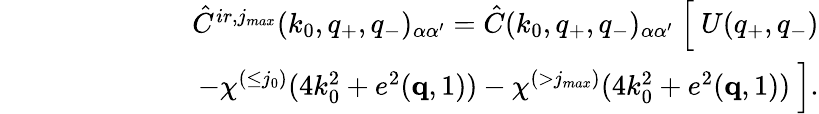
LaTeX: \begin{array}{rlr}&{}&{\hat{C}^{ir,j_{max}}(k_{0},q_{+},q_{-})_{\alpha\alpha^{\prime}}=\hat{C}(k_{0},q_{+},q_{-})_{\alpha\alpha^{\prime}}\ \Big[\ U(q_{+},q_{-})}\\ &{}&{\quad\quad\quad\quad\quad-\chi^{(\le j_{0})}(4k_{0}^{2}+e^{2}({\mathbf q},1))-\chi^{(>j_{max})}(4k_{0}^{2}+e^{2}({\mathbf q},1))\ \Big].}\end{array}